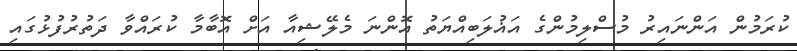
ކުރަމުން އަންނައިރު މުސްލިމުންގެ އަޣުލަބިއްޔަތު އޮންނަ މެލޭޝިއާ އަށް އޮބާމާ ކުރައްވާ ދަތުރުފުޅުގައި